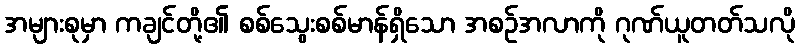
အများစုမှာ ကချင်တို့၏ စစ်သွေးစစ်မာန်ရှိသော အစဉ်အလာကို ဂုဏ်ယူတတ်သလို